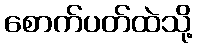
စောက်ပတ်ထဲသို့